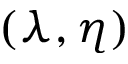
( \lambda , \eta )